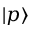
| p \rangle